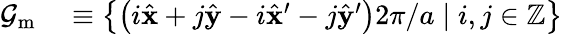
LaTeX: \begin{array}{rl}{\mathcal{G}_{\mathrm{m}}}&{{}\equiv\left\{ \left({i}\hat{\mathbf{x}}+{j}\hat{\mathbf{y}}-{i}\hat{\mathbf{x}}^{\prime}-{j}\hat{\mathbf{y}}^{\prime}\right)2\pi/a\mid{i},{j}\in\mathbb{Z}\right\} }\end{array}